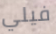
فيلي